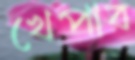
খেপাব